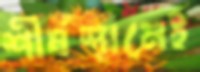
শীর্ষস্থানেই